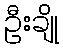
ဦးချို